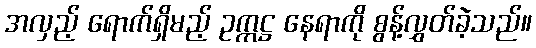
အလှည့် ရောက်ရှိမည့် ဥက္ကဋ္ဌ နေရာကို စွန့်လွှတ်ခဲ့သည်။